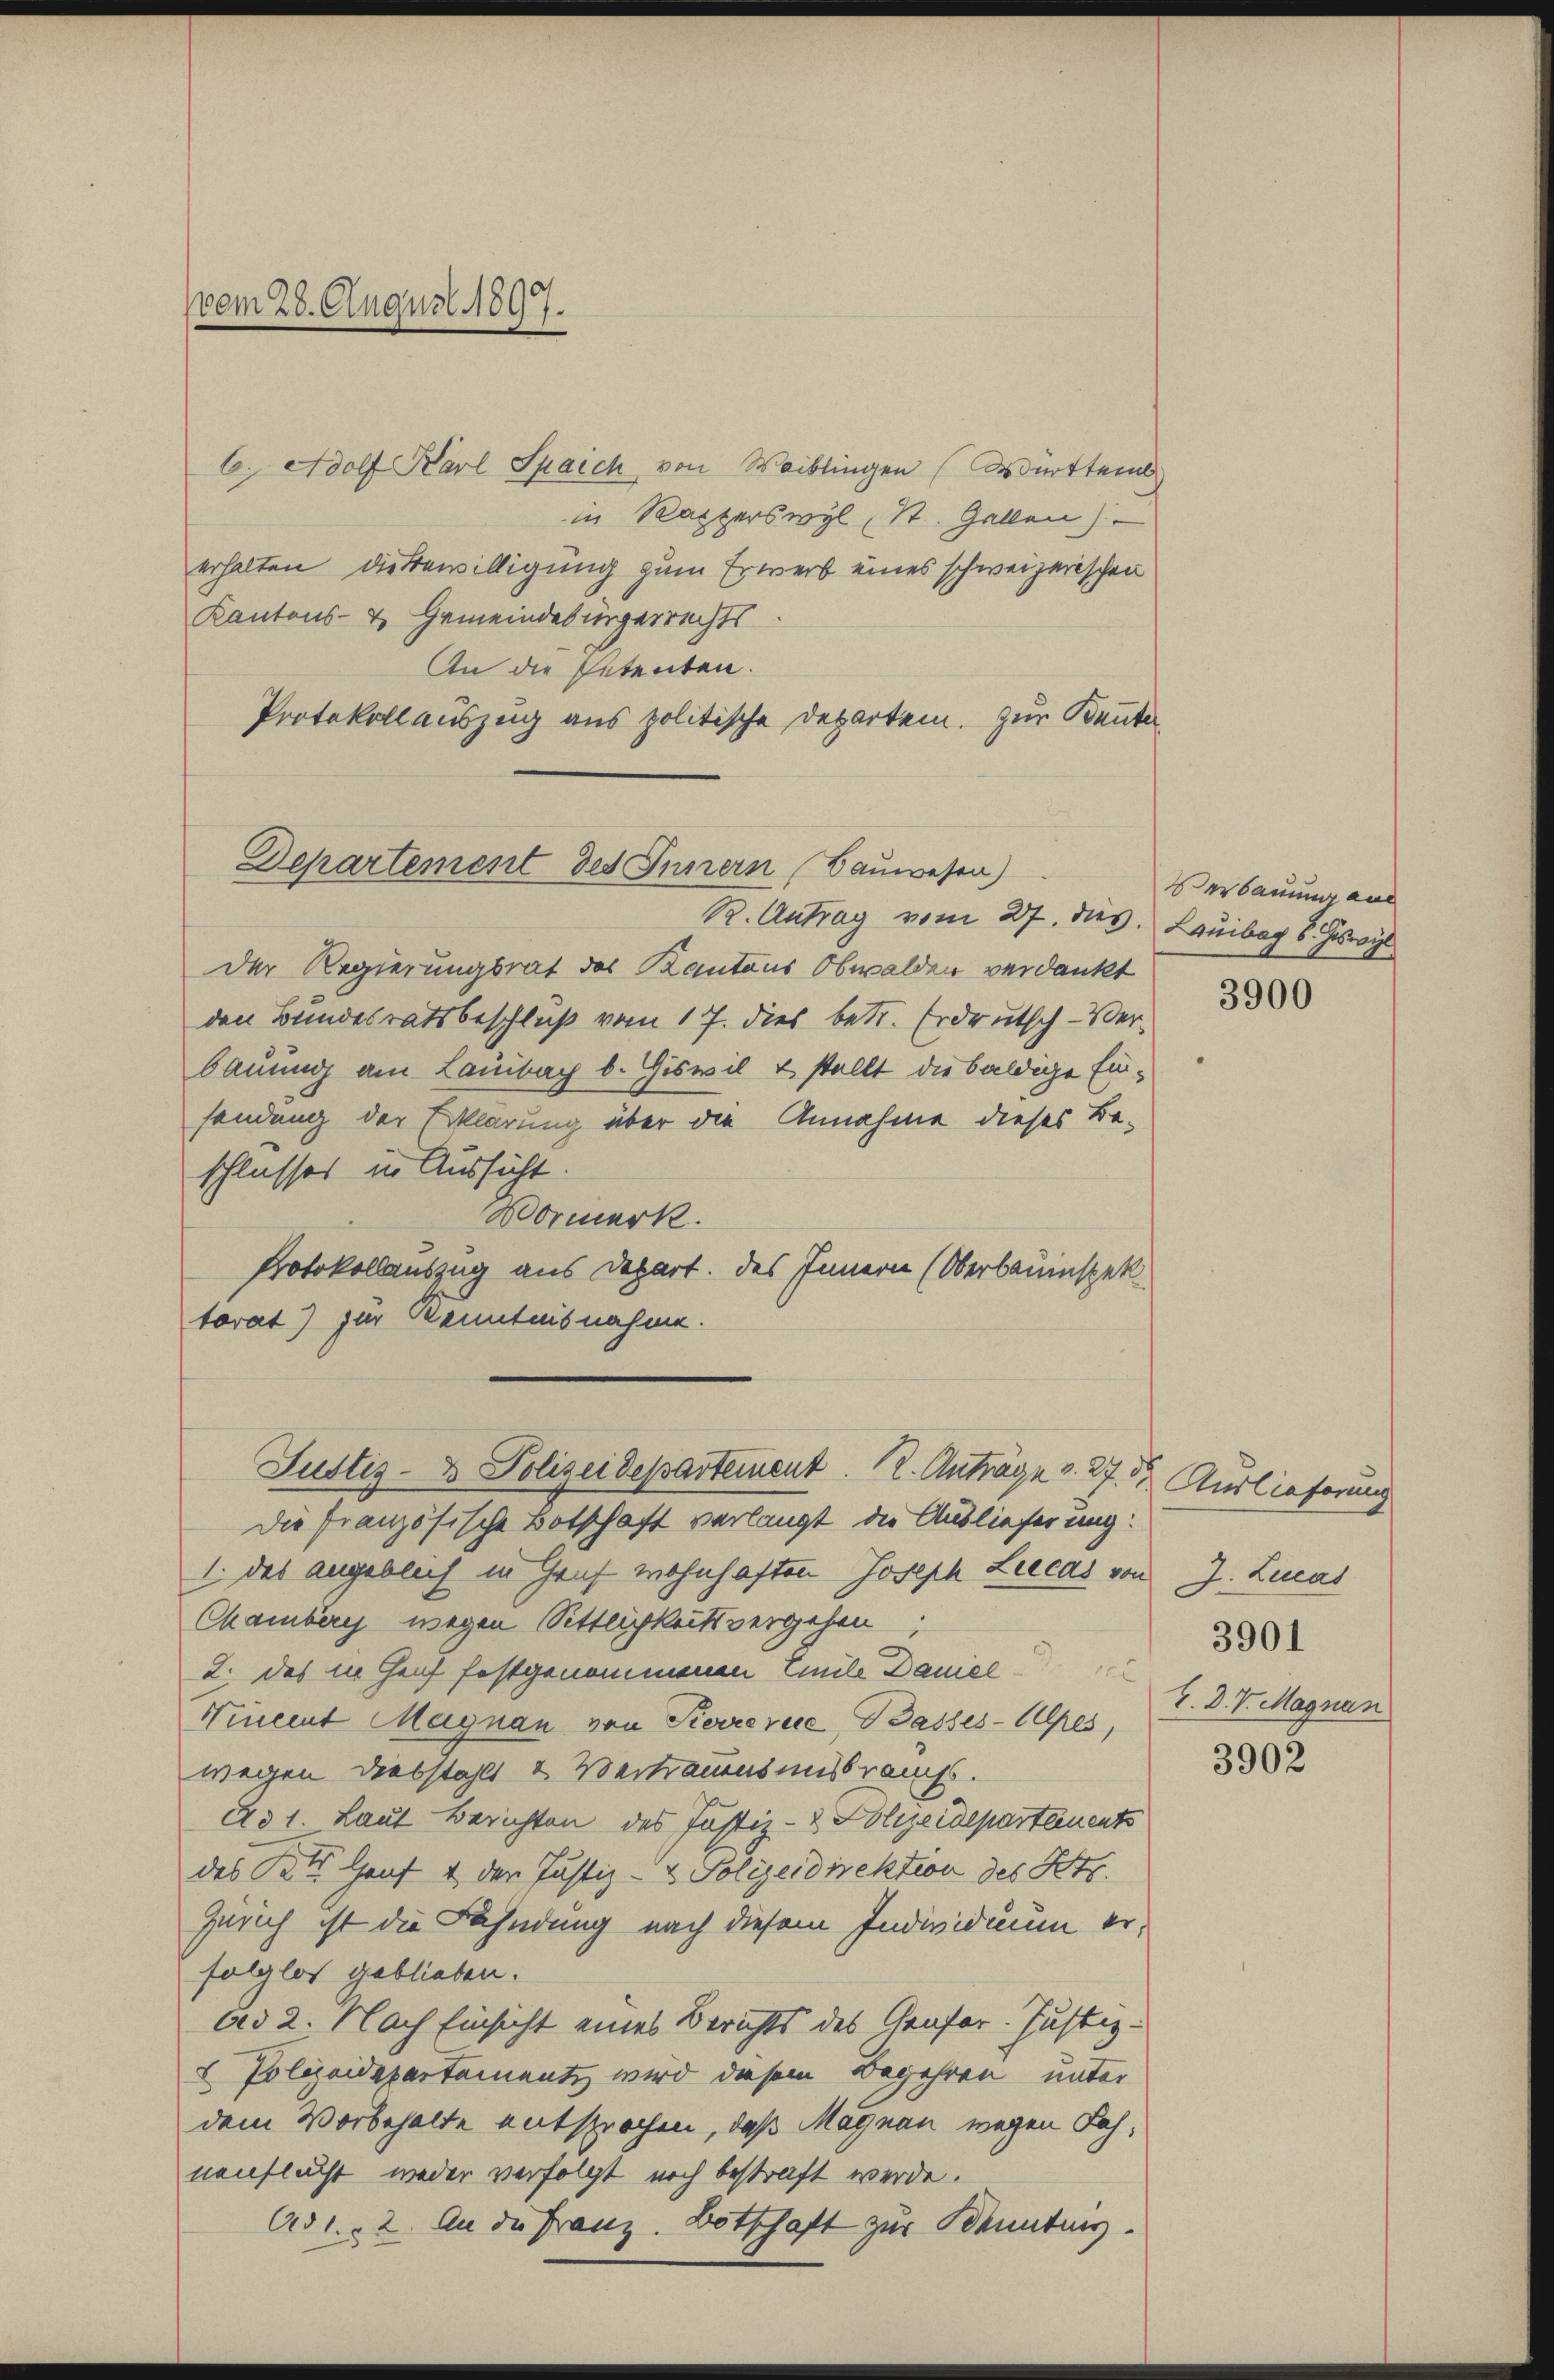
vom 28. August 1897.

6. Adolf Karl Spaich von Waiblingen Württemb
in Kapperswyl (St. Gallen).
erhalten die Bewilligung zum Erwerb eines schweizerischen
Kantons- & Gemeindebürgerrechts.
An die Petenten.
Protokollauszug aus politische Departei. Zur Beuter

Departement des Innern Bauwesen)
R. Antrag vom 27. dies. Lauibag 8. Juswyl

Der Regierungsrat des Kantons Obwalden verdankt
den Bundesratsbeschluß vom 17. dies betr. Erdrutsch-Verbauung am Laibach b. Giswil & stellt die baldige Einsendung der Erklärung über die Annahme dieses Be-
schlasses in Aussicht.
Mormerk.
Protokollauszug aus Depart. des Innern (Oberbauinspek
torat) zur Kenntnisnahme.
Die französische Botschaft verlangt die Auslieferung:
1. das angeblich in Gruf wohnhaften Joseph Leecas von J. Lucas
Chamberg wegen Sittlichkeitsvergehen,
2. das in Genf festgenommenen Emile Daniel
Nineint Magnau von Pierrevue, Basses-Wes
wegen Diebstahlt & Vertrauensmissbrauchs.
Ao 1. Laut Berichten des Justiz- & Polizeidepartements
des Kts Haus & der Justiz- & Polizeidirektion des Kts.
Zürich ist die Fähndung nach diesem Individuum erfolglos geblieben.
ad 2. Nach Einsicht eines Berichts des Genfer. Justiz-
2 Polizeidepartamentz wird diesem Begehren unter
dem Vorbehalte entsprochen, daß Magnau wegen Fahnenflucht weder verfolgt noch bestraft werde.
Ad 1. 2. An die Franz. Botschaft zur Kenntnis.

Justiz- & Polizeidepartement. 12. Anträge v. 27. d. Auslieferung

Verbauung aus

3900

3901
V. D. V. Magnan

3902